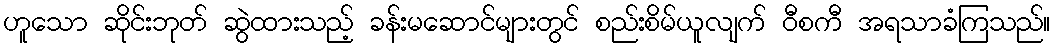
ဟူသော ဆိုင်းဘုတ် ဆွဲထားသည့် ခန်းမဆောင်များတွင် စည်းစိမ်ယူလျက် ဝီစကီ အရသာခံကြသည်။